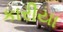
કારીયા